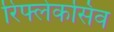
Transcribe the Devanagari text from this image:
रिफ्लेकसिव